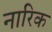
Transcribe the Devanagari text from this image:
नारिक